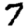
Digit: 7